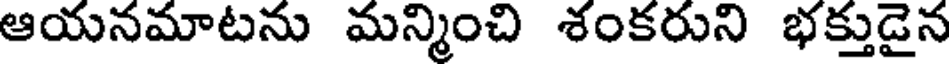
ఆయనమాటను మన్మించి శంకరుని భక్తుడైన